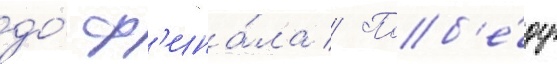
до́ ф'ина́ла // Поб'е́ду